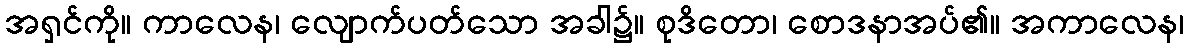
အရှင်ကို။ ကာလေန၊ လျောက်ပတ်သော အခါ၌။ စုဒိတော၊ စောဒနာအပ်၏။ အကာလေန၊